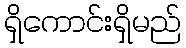
ရှိကောင်းရှိမည်